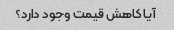
آیا کاهش قیمت وجود دارد؟